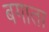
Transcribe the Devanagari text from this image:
बगाता